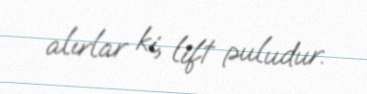
alırlar ki, lift puludur.